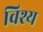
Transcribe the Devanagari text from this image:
विश्य